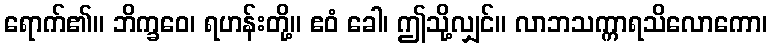
ရောက်၏။ ဘိက္ခဝေ၊ ရဟန်းတို့။ ဧဝံ ခေါ၊ ဤသို့လျှင်။ လာဘသက္ကာရသိလောကော၊